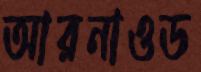
আরনাওড